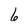
Character: 6